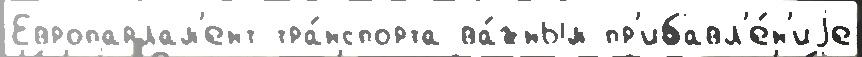
Европарлам'ент тра́нспорта ва́жным пр'ибавл'е́н'иjе